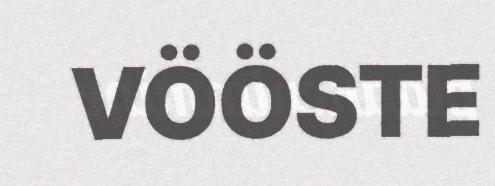
VÖÖSTE